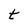
Character: t